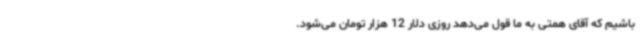
باشیم که آقای همتی به ما قول می‌دهد روزی دلار 12 هزار تومان می‌شود.